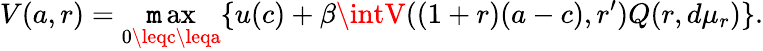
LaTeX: V(a,r)=\operatorname*{\mathtt{m}ax}_{0\leqc\leqa}\{ u(c)+\beta\intV((1+r)(a-c),r^{\prime})Q(r,d\mu_{r})\} .